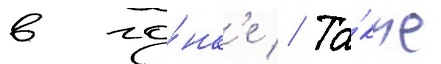
в го́нк'е // Та́кже